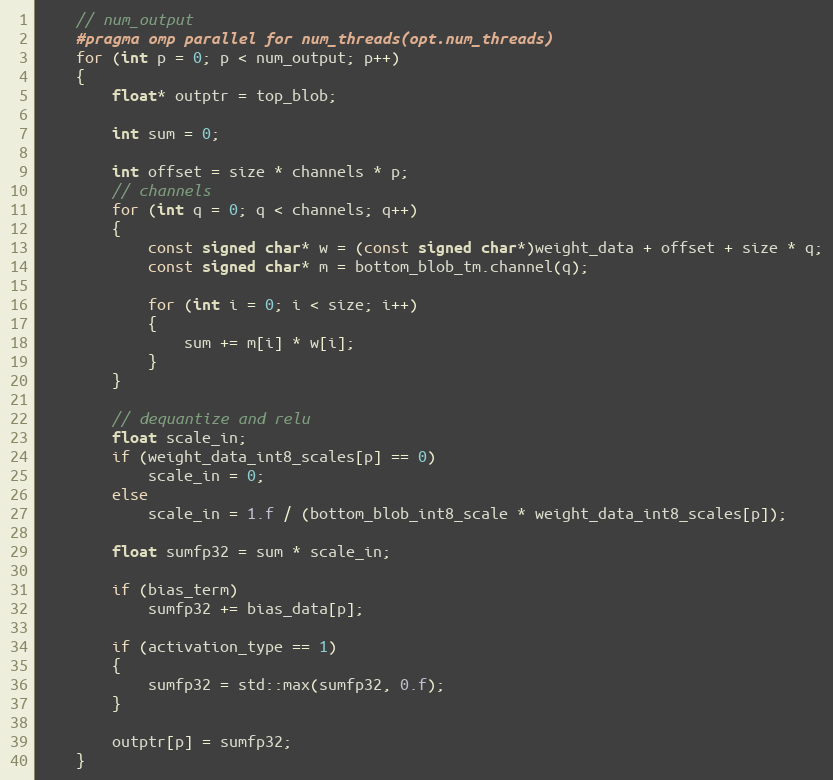
Language: C++
    // num_output
    #pragma omp parallel for num_threads(opt.num_threads)
    for (int p = 0; p < num_output; p++)
    {
        float* outptr = top_blob;

        int sum = 0;

        int offset = size * channels * p;
        // channels
        for (int q = 0; q < channels; q++)
        {
            const signed char* w = (const signed char*)weight_data + offset + size * q;
            const signed char* m = bottom_blob_tm.channel(q);

            for (int i = 0; i < size; i++)
            {
                sum += m[i] * w[i];
            }
        }

        // dequantize and relu
        float scale_in;
        if (weight_data_int8_scales[p] == 0)
            scale_in = 0;
        else
            scale_in = 1.f / (bottom_blob_int8_scale * weight_data_int8_scales[p]);

        float sumfp32 = sum * scale_in;

        if (bias_term)
            sumfp32 += bias_data[p];

        if (activation_type == 1)
        {
            sumfp32 = std::max(sumfp32, 0.f);
        }

        outptr[p] = sumfp32;
    }